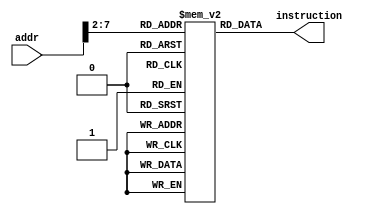
`ifndef MODULE_INSTRUCTION
`define MODULE_INSTRUCTION

`timescale 1ns / 1ps
//
//
//
//
//
//
module instruction(addr, instruction);
	input [31:0] addr;
	output [31:0] instruction;
	reg [31:0] instruction;
	reg [31:0] InsMem[0:63];
	integer i;
	initial begin
		    InsMem[0] = 32'b00100000000010000000000000100000; //addi $t0, $zero, 0x20
    InsMem[1] = 32'b00100000000010010000000000110111; //addi $t1, $zero, 0x37
    InsMem[2] = 32'b00000001000010011000000000100100; //and $s0, $t0, $t1
    InsMem[3] = 32'b00000001000010011000000000100101; //or $s0, $t0, $t1
    InsMem[4] = 32'b10101100000100000000000000000100; //sw $s0, 4($zero)
    InsMem[5] = 32'b10101100000010000000000000001000; //sw $t0, 8($zero)
    InsMem[6] = 32'b00000001000010011000100000100000; //add $s1, $t0, $t1
    InsMem[7] = 32'b00000001000010011001000000100010; //sub $s2, $t0, $t1
    InsMem[8] = 32'b00010010001100100000000000001001; //beq $s1, $s2, error0
    InsMem[9] = 32'b10001100000100010000000000000100; //lw $s1, 4($zero)
    InsMem[10]= 32'b00110010001100100000000001001000; //andi $s2, $s1, 0x48
    InsMem[11] =32'b00010010001100100000000000001001; //beq $s1, $s2, error1
    InsMem[12] =32'b10001100000100110000000000001000; //lw $s3, 8($zero)
    InsMem[13] =32'b00010010000100110000000000001010; //beq $s0, $s3, error2
    InsMem[14] =32'b00000010010100011010000000101010; //slt $s4, $s2, $s1 (Last)
    InsMem[15] =32'b00010010100000000000000000001111; //beq $s4, $0, EXIT
    InsMem[16] =32'b00000010001000001001000000100000; //add $s2, $s1, $0
    InsMem[17] =32'b00001000000000000000000000001110; //j Last
    InsMem[18] =32'b00100000000010000000000000000000; //addi $t0, $0, 0(error0)
    InsMem[19] =32'b00100000000010010000000000000000; //addi $t1, $0, 0
    InsMem[20] =32'b00001000000000000000000000011111; //j EXIT
    InsMem[21] =32'b00100000000010000000000000000001; //addi $t0, $0, 1(error1)
    InsMem[22] =32'b00100000000010010000000000000001; //addi $t1, $0, 1
    InsMem[23] =32'b00001000000000000000000000011111; //j EXIT
    InsMem[24] =32'b00100000000010000000000000000010; //addi $t0, $0, 2(error2)
    InsMem[25] =32'b00100000000010010000000000000010; //addi $t1, $0, 2
    InsMem[26] =32'b00001000000000000000000000011111; //j EXIT
    InsMem[27] =32'b00100000000010000000000000000011; //addi $t0, $0, 3(error3)
    InsMem[28] =32'b00100000000010010000000000000011; //addi $t1, $0, 3
    InsMem[29] =32'b00001000000000000000000000011111; //j EXIT
	end
	
	always @ (addr)
	begin
		instruction = InsMem[addr[7:0]>>2];
	end
endmodule


`endif